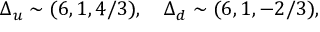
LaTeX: \Delta _ { u } \sim ( 6 , 1 , 4 / 3 ) , ~ ~ ~ \Delta _ { d } \sim ( 6 , 1 , - 2 / 3 ) ,